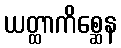
ယတ္ထာကိစ္ဆေန